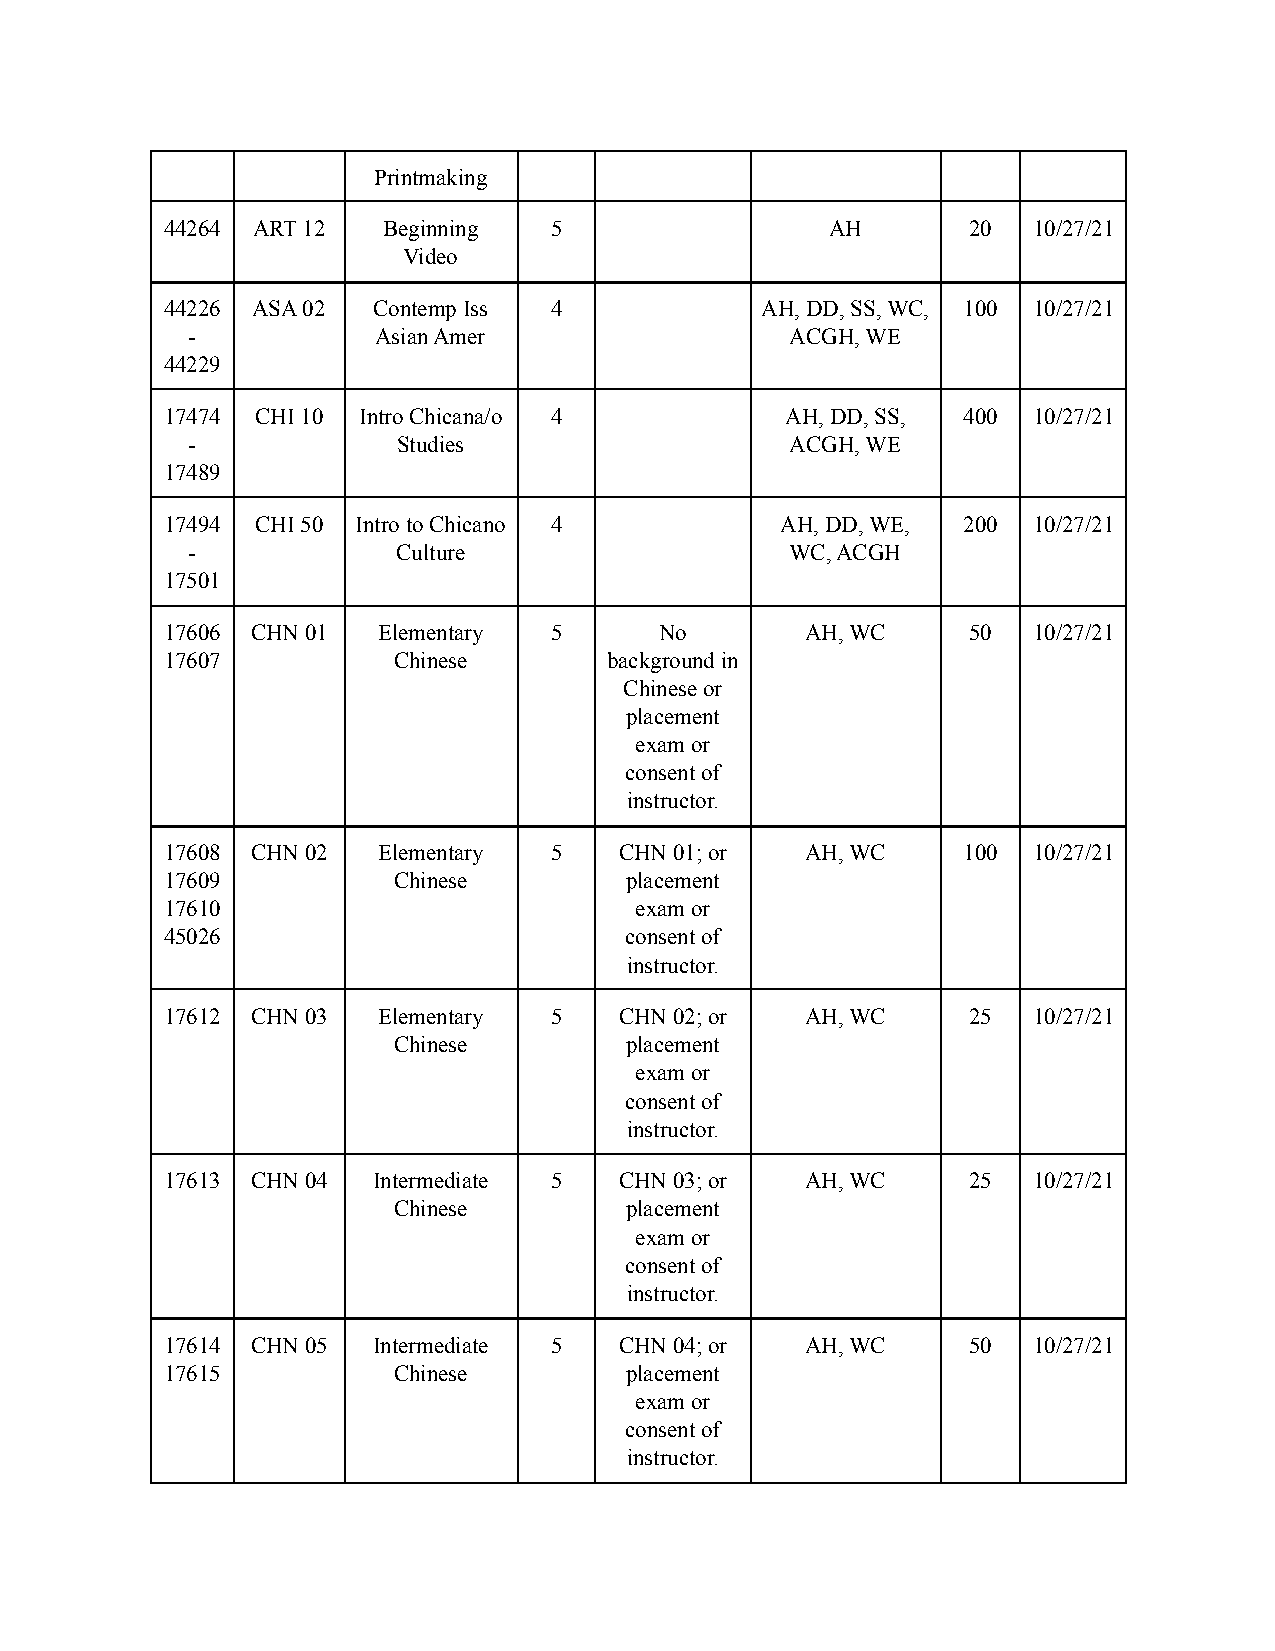
Printmaking
 44264 ART 12  Beginning  5                  AH       20  10/27/21
 Video
 44226 ASA 02  Contemp Iss 4            AH, DD, SS, WC, 100 10/27/21
 -            Asian Amer                 ACGH, WE
 44229
 17474 CHI 10 Intro Chicana/o 4           AH, DD, SS, 400 10/27/21
 -             Studies                   ACGH, WE
 17489
 17494 CHI 50 Intro to Chicano 4          AH, DD, WE, 200 10/27/21
 -             Culture                   WC, ACGH
 17501
 17606 CHN 01  Elementary 5       No       AH, WC     50  10/27/21
 17607          Chinese       background in
 Chinese or
 placement
 exam or
 consent of
 instructor.
 17608 CHN 02  Elementary 5    CHN 01; or  AH, WC     100 10/27/21
 17609          Chinese        placement
 17610                          exam or
 45026                         consent of
 instructor.
 17612 CHN 03  Elementary 5    CHN 02; or  AH, WC     25  10/27/21
 Chinese        placement
 exam or
 consent of
 instructor.
 17613 CHN 04  Intermediate 5  CHN 03; or  AH, WC     25  10/27/21
 Chinese        placement
 exam or
 consent of
 instructor.
 17614 CHN 05  Intermediate 5  CHN 04; or  AH, WC     50  10/27/21
 17615          Chinese        placement
 exam or
 consent of
 instructor.